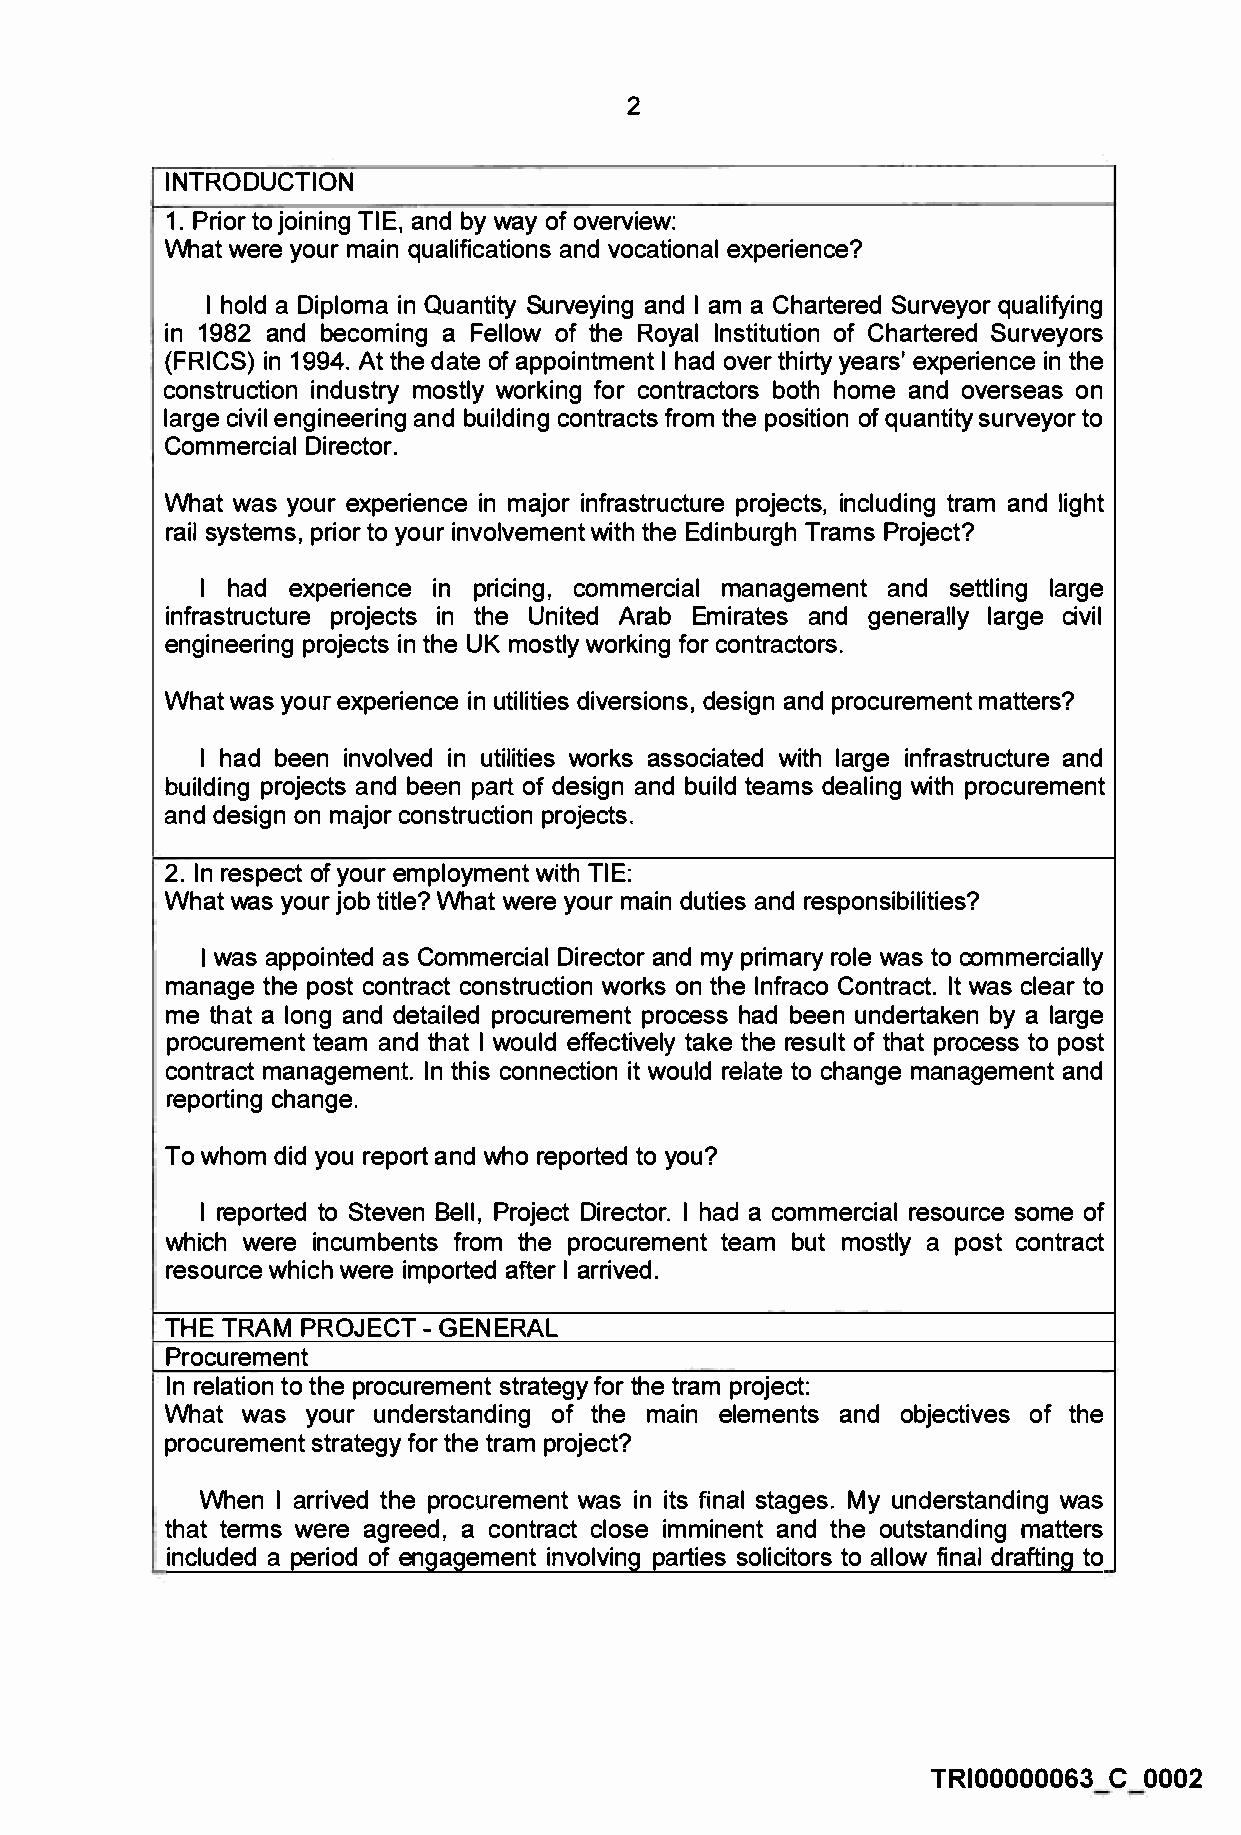
2
 INTRODUCTION
 1. Prior to joining TIE, and by way of overview:
 What were your main qualifications and vocational experience?
 I hold a Diploma in Quantity Surveying and I am a Chartered Surveyor qualifying
 in 1982 and becoming a Fellow of the Royal Institution of Chartered Surveyors
 (FRIGS) in 1994. At the date of appointment I had over thirty years' experience in the
 construction industry mostly working for contractors both home and overseas on
 large civil engineering and building contracts from the position of quantity surveyor to
 Commercial Director.
 What was your experience in major infrastructure projects, including tram and light
 rail systems, prior to your involvement with the Edinburgh Trams Project?
 I had experience in pricing, commercial management and settling large
 infrastructure projects in the United Arab Emirates and generally large civil
 engineering projects in the UK mostly working for contractors.
 What was your experience in utilities diversions, design and procurement matters?
 I had been involved in utilities works associated with large infrastructure and
 building projects and been part of design and build teams dealing with procurement
 and design on major construction projects.
 2. In respect of your employment with TIE:
 What was your job title? What were your main duties and responsibilities?
 I was appointed as Commercial Director and my primary role was to commercially
 manage the post contract construction works on the lnfraco Contract. It was clear to
 me that a long and detailed procurement process had been undertaken by a large
 procurement team and that I would effectively take the result of that process to post
 contract management. In this connection it would relate to change management and
 reporting change.
 To whom did you report and who reported to you?
 I reported to Steven Bell, Project Director. I had a commercial resource some of
 which were incumbents from the procurement team but mostly a post contract
 resource which were imported after I arrived.
 THE TRAM PROJECT - GENERAL
 Procurement
 In relation to the procurement strategy for the tram project:
 What was your understanding of the main elements and objectives of the
 procurement strategy for the tram project?
 When I arrived the procurement was in its final stages. My understanding was
 that terms were agreed, a contract close imminent and the outstanding matters
 included a period of enqaqement involvinq parties solicitors to allow final drafting to
 TRI00000063 C 0002